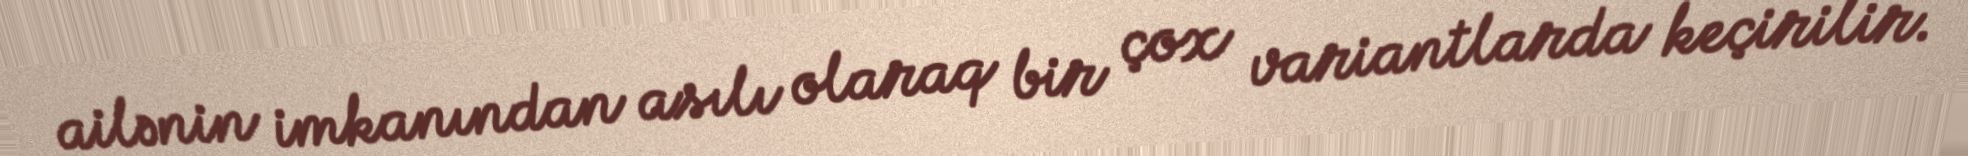
ailənin imkanından asılı olaraq bir çox variantlarda keçirilir.